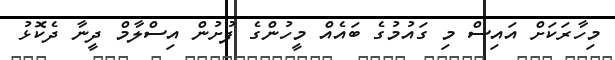
މިހާރަކަށް އައިސް މި ގައުމުގެ ބައެއް މީހުންގެ ފުށުން އިސްލާމް ދީނާ ދެކޮޅު